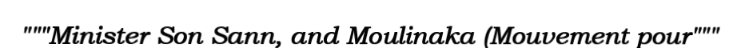
"""Minister Son Sann, and Moulinaka (Mouvement pour"""